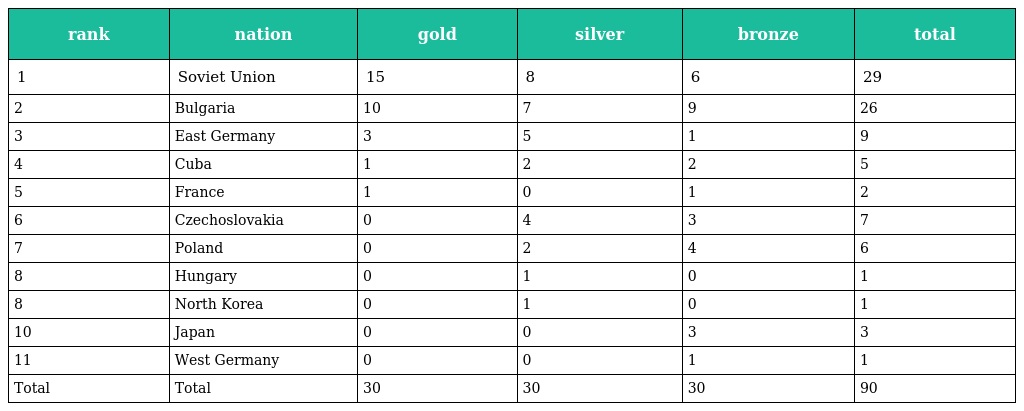
| rank | nation | gold | silver | bronze | total |
 | --- | --- | --- | --- | --- | --- |
 | 1 | Soviet Union | 15 | 8 | 6 | 29 |
 | 2 | Bulgaria | 10 | 7 | 9 | 26 |
 | 3 | East Germany | 3 | 5 | 1 | 9 |
 | 4 | Cuba | 1 | 2 | 2 | 5 |
 | 5 | France | 1 | 0 | 1 | 2 |
 | 6 | Czechoslovakia | 0 | 4 | 3 | 7 |
 | 7 | Poland | 0 | 2 | 4 | 6 |
 | 8 | Hungary | 0 | 1 | 0 | 1 |
 | 8 | North Korea | 0 | 1 | 0 | 1 |
 | 10 | Japan | 0 | 0 | 3 | 3 |
 | 11 | West Germany | 0 | 0 | 1 | 1 |
 | Total | Total | 30 | 30 | 30 | 90 |